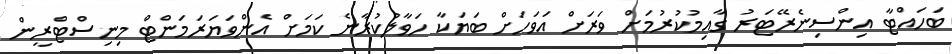
ބަހައްޓާ އިންސިނެރޭޓަރު ގާއިމުކުރުމަށް ވަރަށް އަވަހަށް ބަޔަކާ ހަވާލުކުރާނެ ކަމަށް އެންވަޔަރަމަންޓް މިނިސްޓްރީން